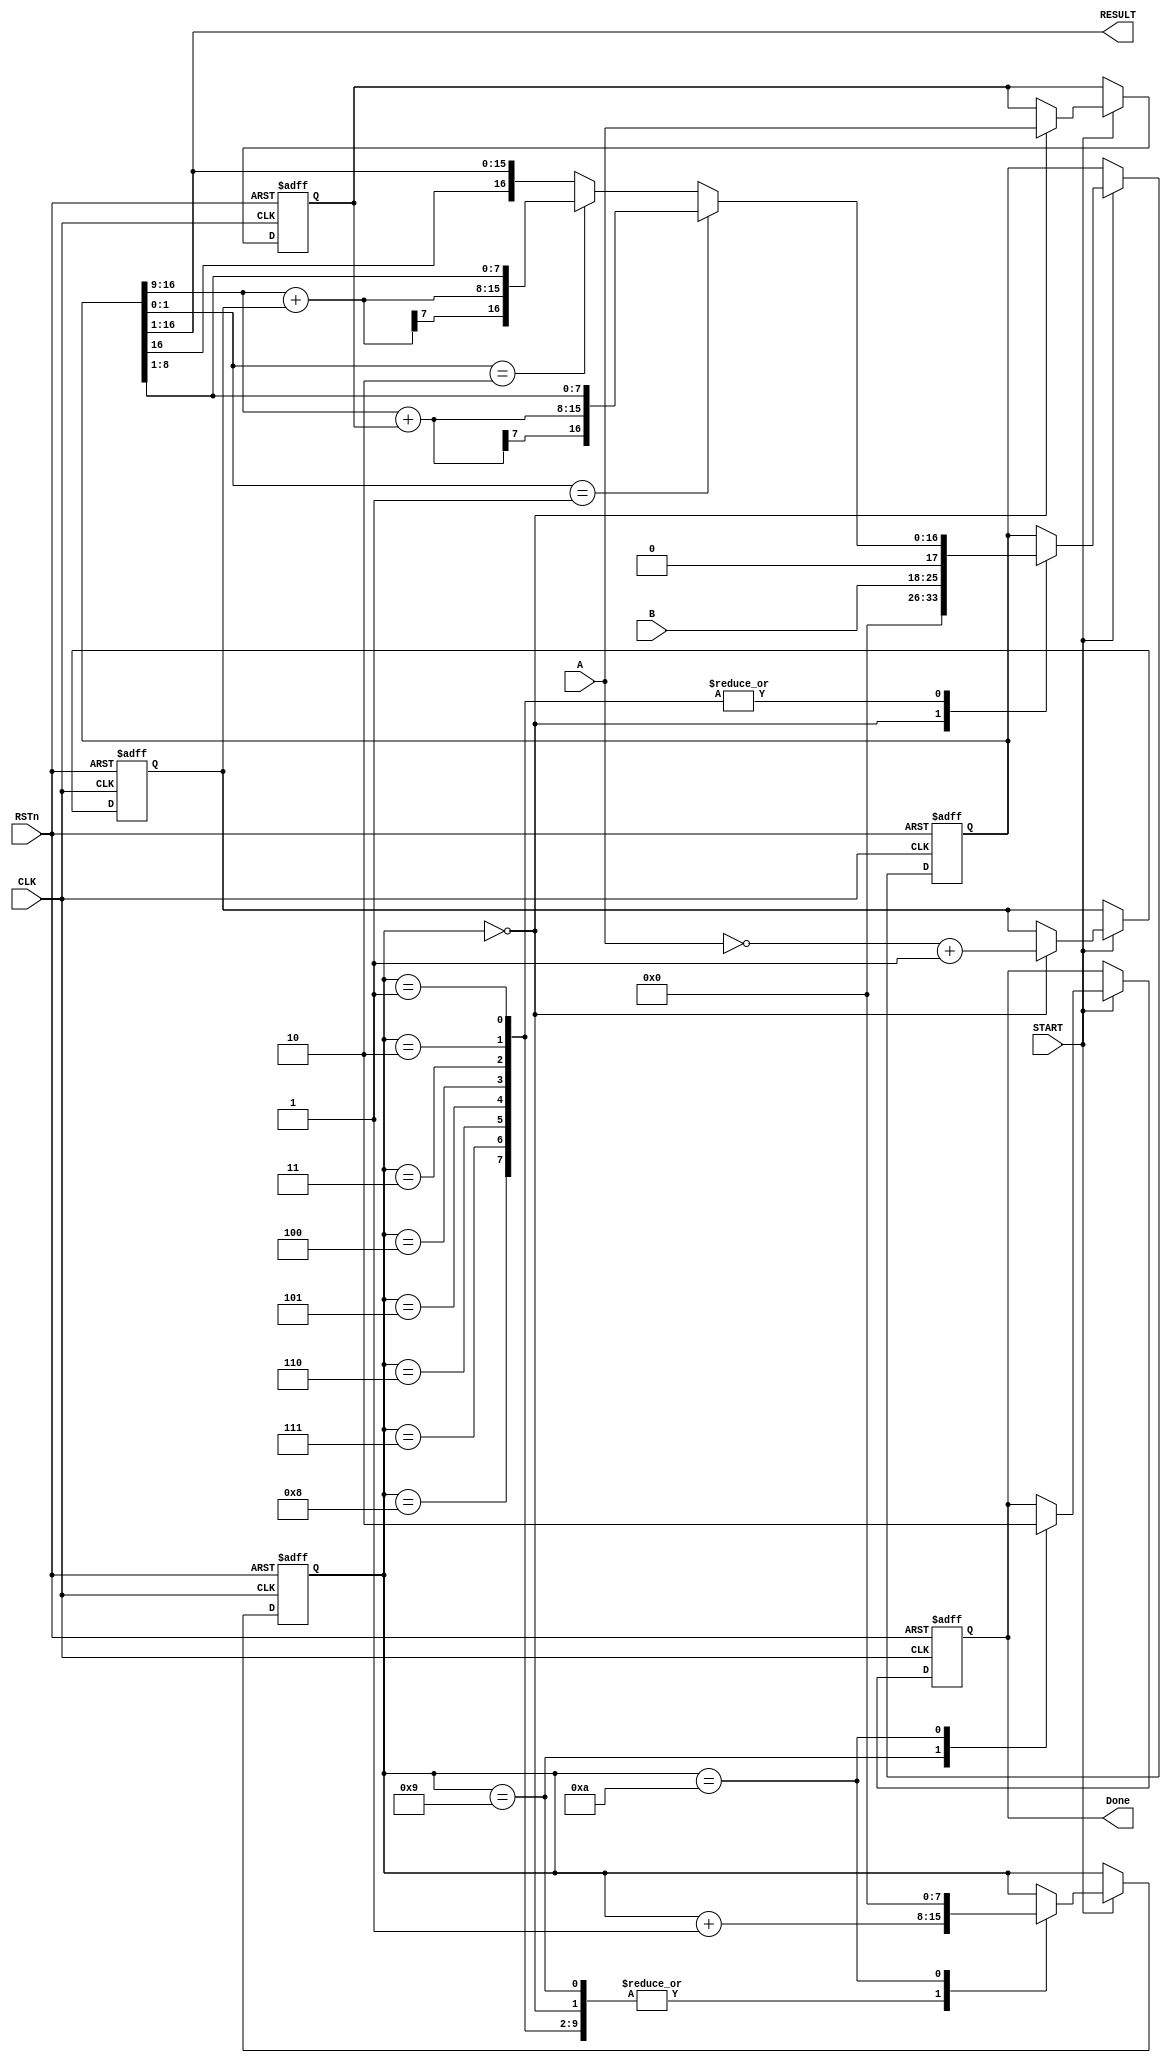
module Boost_multiplier_#(
	parameter DATAWIDTH = 8
)
(
	input                            CLK,
	input                            RSTn,
	input                            START,
	input  [ DATAWIDTH - 1 : 0 ]     A,
	input  [ DATAWIDTH - 1 : 0 ]     B,
	
	output [ DATAWIDTH * 2 - 1 : 0 ] RESULT,
	output                           Done
);

reg [ DATAWIDTH - 1 : 0 ] i;
reg [ DATAWIDTH * 2 : 0 ] P;
reg [ DATAWIDTH - 1 : 0 ] A_reg;
reg [ DATAWIDTH - 1 : 0 ] A_bm;
//reg [ DATAWIDTH - 1 : 0 ] N;
reg                       isDone;
reg [ DATAWIDTH - 1 : 0 ] Pco1;
reg [ DATAWIDTH - 1 : 0 ] Pco2;

always @ ( posedge CLK or negedge RSTn )
begin
	if (!RSTn)
	begin
		i <= 0;
		P <= 0;
		A_reg <= 0;
		A_bm <= 0;
		//N <=0;
		isDone <= 0;
		Pco1 <= 0;
		Pco2 <= 0;
	end
	else if (START)
	begin
		case (i)
		
			0:
				begin
					A_reg <= A;
					A_bm <= ~A + 1'b1;
					P <= { 8'd0, B, 1'b0 };
					i <= i + 1'b1;
					//N <= 0;
					Pco1 <= 0;
					Pco2 <= 0;
				end
			1,2,3,4,5,6,7,8:
				begin
					Pco1 = P[16:9] + A_reg;
					Pco2 = P[16:9] + A_bm;
					
					if (P[1:0] == 2'b01)
					begin
						P <= {Pco1[7],Pco1,P[8:1]};
					end
					else if (P[1:0] == 2'b10)
					begin
						P <= {Pco2[7],Pco2,P[8:1]};
					end
					else 
					begin
						P <= {P[16],P[16:1]};
					end
					
					i <= i + 1'b1;
//					if (N == 8)
//						begin
//							N <= 0;
//							i <= i + 2'b10;
//						end
//					else if (P[1:0] == 2'b00 | P[1:0] == 2'b11)
//						begin
//							P <= P;
//							i <= i + 1'b1;
//						end
//					else if (P[1:0] == 2'b01)
//						begin
//							P <= {P[16:9] + A_reg,P[8:0]};
//							i <= i + 1'b1;
//						end
//					else if (P[1:0] == 2'b10)
//						begin
//							P <= {P[16:9] + A_bm,P[8:0]};
//							i <= i + 1'b1;
//						end

				end
//			2:
//				begin
//					P <= {P[16],P[16:1]};
///					N <= N + 1'b1;
//					i <= i - 1'b1;
//				end
			9:
				begin
					isDone <= 1;
					i <= i + 1'b1;
				end
			10:
				begin
					isDone <= 0;
					i <= 0;
				end
		
		endcase
	end
end

assign Done = isDone;
assign RESULT = P[16:1];

endmodule